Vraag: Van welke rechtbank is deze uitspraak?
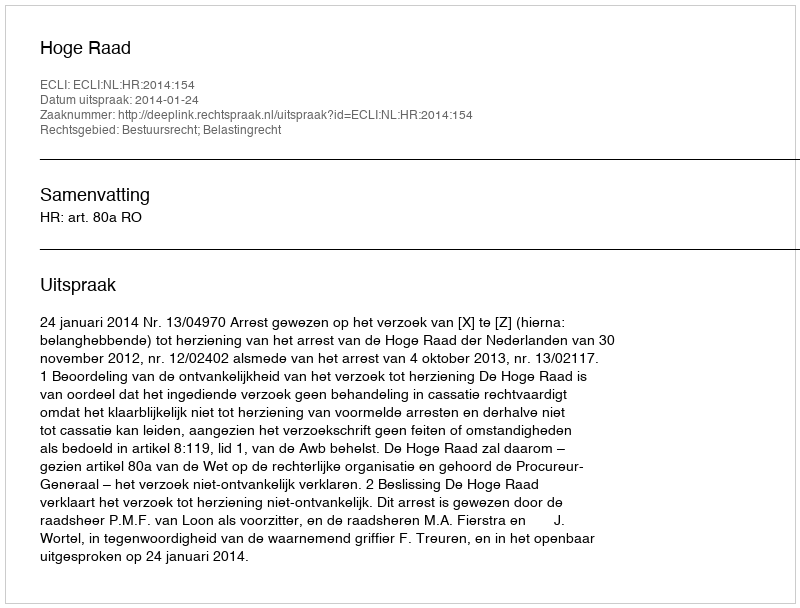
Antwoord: Hoge Raad